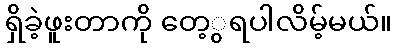
ရှိခဲ့ဖူးတာကို တေ့ွရပါလိမ့်မယ်။